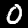
Digit: 0